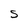
Character: S